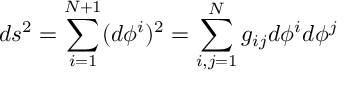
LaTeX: d s ^ { 2 } = \sum _ { i = 1 } ^ { N + 1 } ( d \phi ^ { i } ) ^ { 2 } = \sum _ { i , j = 1 } ^ { N } g _ { i j } d \phi ^ { i } d \phi ^ { j }